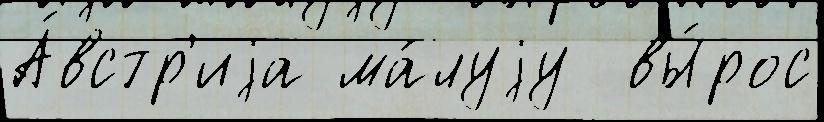
А́встр'иjа ма́луjу  вы́рос